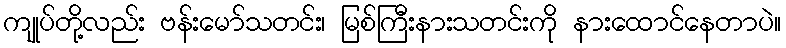
ကျုပ်တို့လည်း ဗန်းမော်သတင်း၊ မြစ်ကြီးနားသတင်းကို နားထောင်နေတာပဲ။